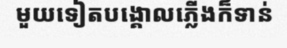
មួយទៀតបង្គោលភ្លើងក៏ទាន់